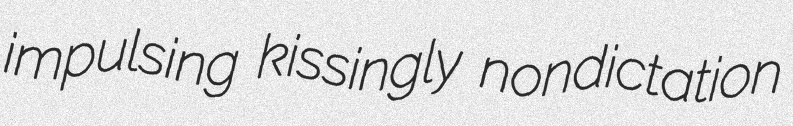
impulsing kissingly nondictation